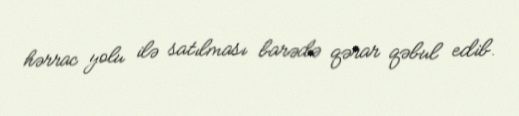
hərrac yolu ilə satılması barədə qərar qəbul edib.